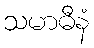
သမာဓီနံ